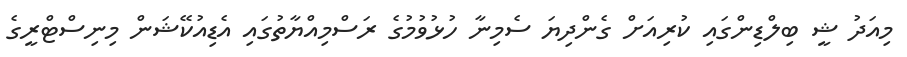
މިއަދު ޝީ ބިލްޑިންގައި ކުރިއަށް ގެންދިޔަ ސެމިނާ ހުޅުވުމުގެ ރަސްމިއްޔާތުގައި އެޑިއުކޭޝަން މިނިސްޓްރީގެ